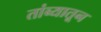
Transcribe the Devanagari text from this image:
तांब्यातून